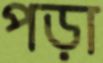
পড়া